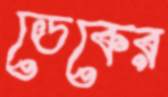
ডেকের